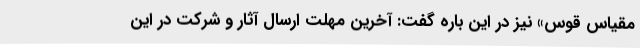
مقیاس قوس» نیز در این باره گفت: آخرین مهلت ارسال آثار و شرکت در این